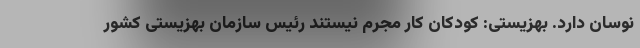
نوسان دارد. بهزیستی: کودکان کار مجرم نیستند رئیس سازمان بهزیستی کشور